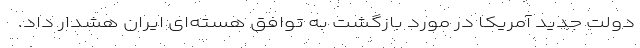
دولت جدید آمریکا در مورد بازگشت به توافق هسته‌ای ایران هشدار داد.